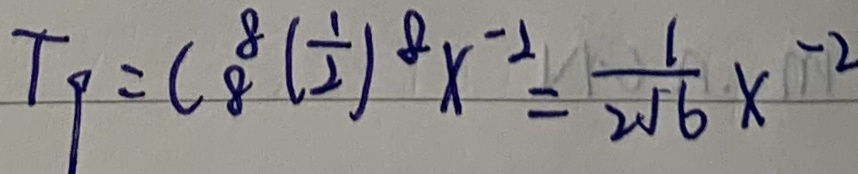
T _ { 9 } = C _ { 8 } ^ { 8 } ( \frac { 1 } { 2 } ) ^ { 8 } x ^ { - 2 } = \frac { 1 } { 2 5 6 } x ^ { - 2 }